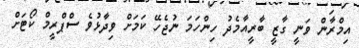
އިމްރާން ވަނީ ގާޒީ ބާރީއާމެދު ހިންހަމަ ނުޖެހޭ ކަމަށް ވިދާޅުވެ ސްޕްރީމް ކޯޓަށް